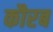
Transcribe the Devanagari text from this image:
कौरब